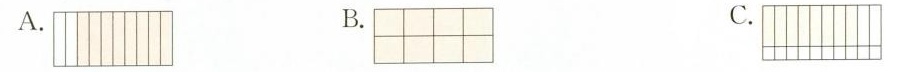
A. B. C.